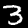
Label: 3